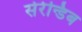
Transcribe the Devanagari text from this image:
सेरेन्डिब